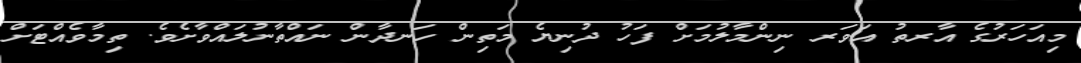
މިއަހަރުގެ އާރތު އަވަރ ނިންމާލުމަށް ފަހު ދުނިޔެ މަތިން ހަނދާން ނައްތާނުލައްވާށެވެ. ތިމާވެއްޓަށް